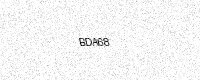
Text: BDA68